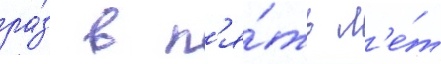
ра́з в п'я́ть л'е́т